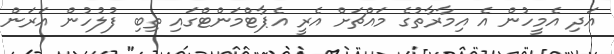
އަދި އެމީހުން އެ އިމާރާތުގެ މައްޗަށް އެރީ އެޕާޓްމަންޓްގައި ތިބި ފުލުހުން އަރަން